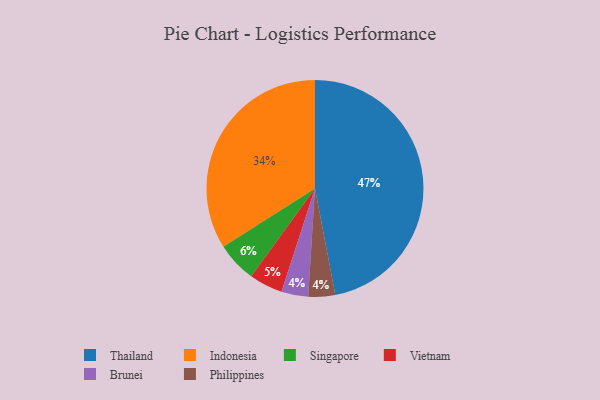
{"axis": {"x": "Category", "y": "Percentage"}, "legend": ["Brunei", "Indonesia", "Philippines", "Singapore", "Thailand", "Vietnam"], "data": [{"x": "Brunei", "y": 4, "type": "Brunei"}, {"x": "Vietnam", "y": 5, "type": "Vietnam"}, {"x": "Singapore", "y": 6, "type": "Singapore"}, {"x": "Philippines", "y": 4, "type": "Philippines"}, {"x": "Thailand", "y": 47, "type": "Thailand"}, {"x": "Indonesia", "y": 34, "type": "Indonesia"}]}